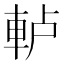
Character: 𨋤